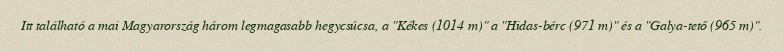
Itt található a mai Magyarország három legmagasabb hegycsúcsa, a "Kékes (1014 m)" a "Hidas-bérc (971 m)" és a "Galya-tető (965 m)".